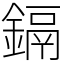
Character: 鎘